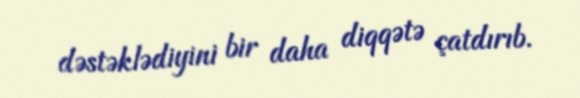
dəstəklədiyini bir daha diqqətə çatdırıb.